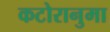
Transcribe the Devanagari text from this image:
कटोरानुमा